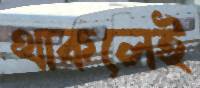
থাকলেই